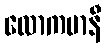
လောကမာနီ